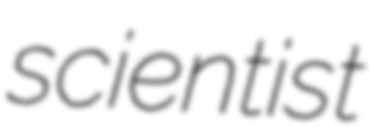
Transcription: scientist